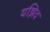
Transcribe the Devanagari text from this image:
यझिद